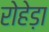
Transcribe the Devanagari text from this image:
रोहेड़ा